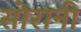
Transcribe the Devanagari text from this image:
सोरानी